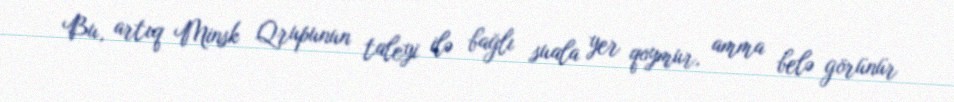
Bu, artıq Minsk Qrupunun taleyi ilə bağlı suala yer qoymur, amma belə görünür